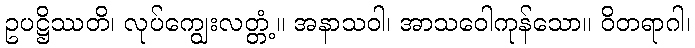
ဥပဋ္ဌိဿတိ၊ လုပ်ကျွေးလတ္တံ့။ အနာသဝါ၊ အာသဝေါကုန်သော။ ဝိတရာဂါ၊